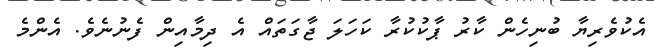
އެކުވެރިޔާ ބުނިހެން ކާރު ޕާކުކުރާ ކަހަލަ ޖާގަތައް އެ ދިމާއިން ފެނުނެވެ. އެންމެ